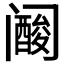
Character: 𱀀